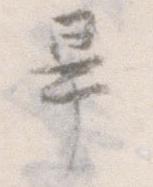
畢